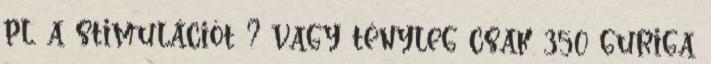
pl. a stimulációt ? vagy tényleg csak 350 guriga